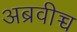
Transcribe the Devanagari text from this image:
अब्रवीच्च